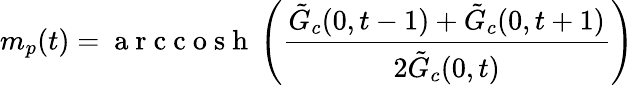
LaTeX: m_{p}(t)=\mathrm{~a~r~c~c~o~s~h~}\left(\frac{\tilde{G}_{c}(0,t-1)+\tilde{G}_{c}(0,t+1)}{2\tilde{G}_{c}(0,t)}\right)